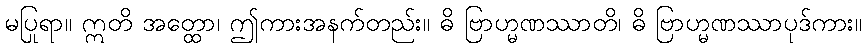
မပြုရာ။ ဣတိ အတ္ထော၊ ဤကားအနက်တည်း။ ဓိ ဗြာဟ္မဏဿာတိ၊ ဓိ ဗြာဟ္မဏဿာပုဒ်ကား။